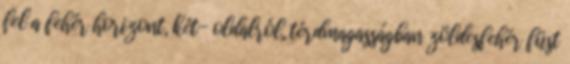
fel a fehér horizont, két- oldalról, térdmagasságban zöldesfehér füst